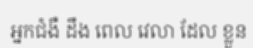
អ្នកជំងឺ ដឹង ពេល វេលា ដែល ខ្លួន